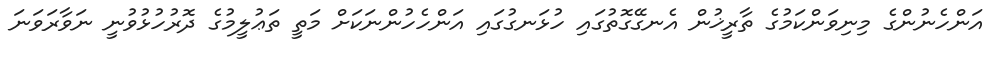
އަންހެނުންގެ މިނިވަންކަމުގެ ތާރީޚުން އެނގޭގޮތުގައި ހުޅަނގުގައި އަންހެހުންނަކަށް މަތީ ތަޢުލީމުގެ ދޮރުހުޅުވުނީ ނަވާރަވަނަ